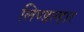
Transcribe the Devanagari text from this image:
लिण्डल्हार